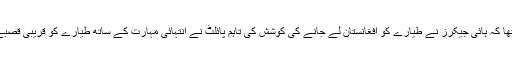
میڈیا رپورٹس کے مطابق بدھ کے روز روسی مسافر طیارہ سرگٹ سے ماسکو جارہا تھا کہ ہائی جیکرز نے طیارے کو افغانستان لے جانے کی کوشش کی تاہم پائلٹ نے انتہائی مہارت کے ساتھ طیارے کو قریبی قصبے کی سڑک پر اتار لیا اور ہائی جیکرز کی طیارہ ہائی جیک کرنے کی کوشش ناکام بنا